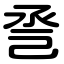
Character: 巹